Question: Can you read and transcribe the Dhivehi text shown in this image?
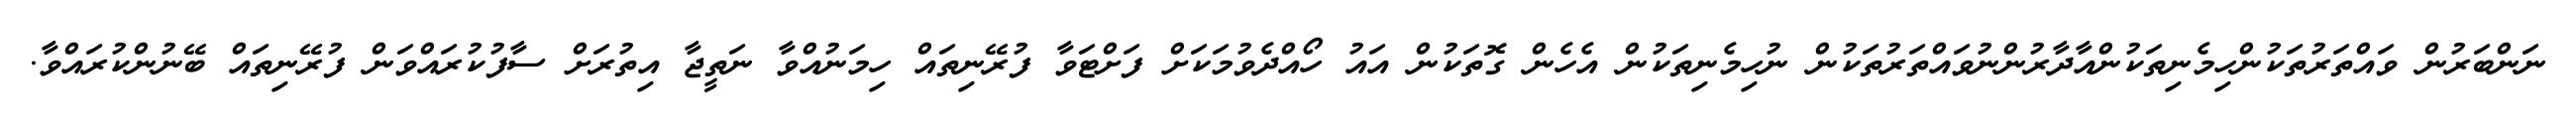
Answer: ނަންބަރުން ވައްތަރުތަކުންހިމެނިތަކުންއާދާރުންނުވައްތަރުތަކުން ނުހިމެނިތަކުން އެހެން ގޮތަކުން އައު ހޯއްދެވުމަކަށް ފަށްޓަވާ ފުރޭނިތައް ހިމަނުއްވާ ނަތީޖާ އިތުރަށް ސާފުކުރައްވަން ފުރޭނިތައް ބޭނުންކުރައްވާ.